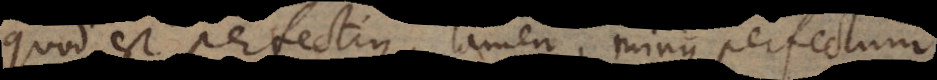
quod est perfectius, tamen, minus perfectum